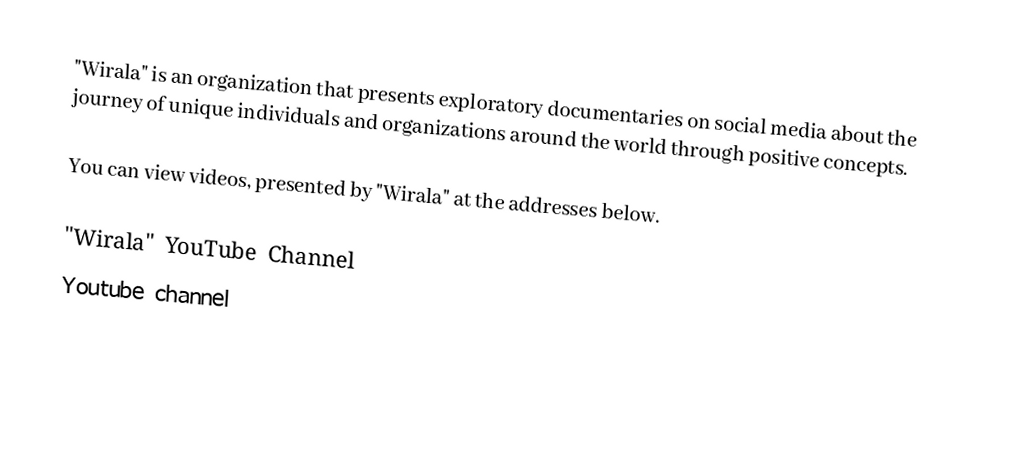
"Wirala" is an organization that presents exploratory documentaries on social media about the journey of unique individuals and organizations around the world through positive concepts.

You can view videos, presented by "Wirala" at the addresses below.

"Wirala" YouTube Channel
Youtube channel